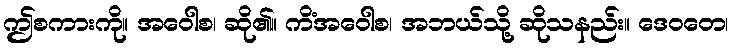
ဤစကားကို။ အဝေါစ၊ ဆို၏။ ကိံအဝေါစ၊ အဘယ်သို့ ဆိုသနည်း။ ဒေဝတေ၊